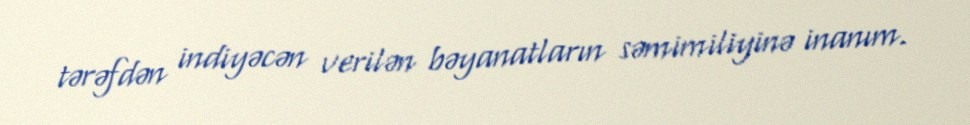
tərəfdən indiyəcən verilən bəyanatların səmimiliyinə inanım.